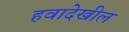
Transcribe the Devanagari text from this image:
हवादेखील